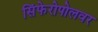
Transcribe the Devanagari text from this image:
सिंफेरोपोलवर